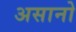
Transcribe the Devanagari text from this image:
असानो